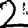
Digit: 2